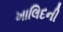
ખાલિદની